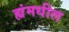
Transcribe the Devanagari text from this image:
ह्यंमधील